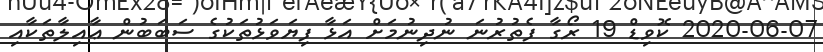
2020-06-07 ކޮވިޑް 19 ރޯގާ ފެތުރުނަ ނުދިނުމަށް އަޅާ ފިޔަވަޅުތަކުގެ ސަބަބުން ޢާއިލާތަކާއި